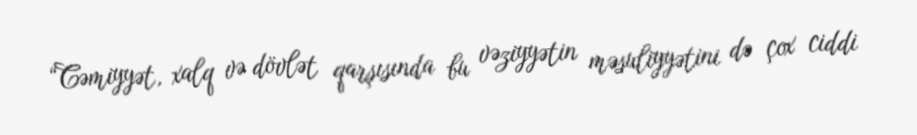
“Cəmiyyət, xalq və dövlət qarşısında bu vəziyyətin məsuliyyətini də çox ciddi